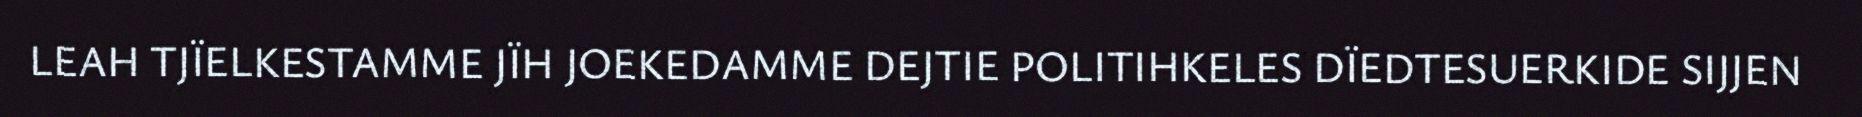
LEAH TJÏELKESTAMME JÏH JOEKEDAMME DEJTIE POLITIHKELES DÏEDTESUERKIDE SIJJEN